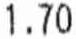
1.70